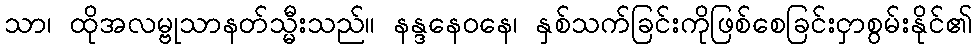
သာ၊ ထိုအလမ္ဗုသာနတ်သ္မီးသည်။ နန္ဒနေဝနေ၊ နှစ်သက်ခြင်းကိုဖြစ်စေခြင်းငှာစွမ်းနိုင်၏